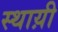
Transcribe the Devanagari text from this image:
स्थाय़ी